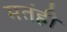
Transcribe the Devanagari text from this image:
मतंही